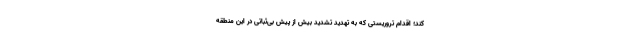
کند؛ اقدام تروریستی که به تهدید تشدید بیش از پیش بی‌ثباتی در این منطقه